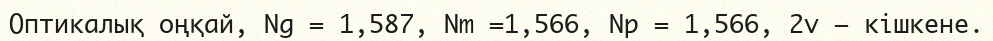
Оптикалық оңқай, Ng = 1,587, Nm =1,566, Np = 1,566, 2v — кішкене.